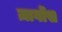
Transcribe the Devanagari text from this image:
ज़ार्गोस